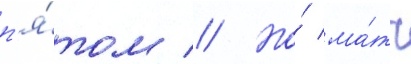
п'я́том // Но́ ма́тч